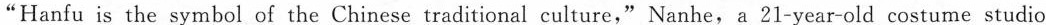
"Hanfu is the symbol of the Chinese traditional culture," Nanhe, a 21-year-old costume studio